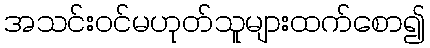
အသင်းဝင်မဟုတ်သူများထက်စော၍